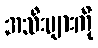
အသီးများကို